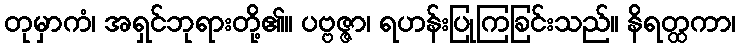
တုမှာကံ၊ အရှင်ဘုရားတို့၏။ ပဗ္ဗဇ္ဇာ၊ ရဟန်းပြုကြခြင်းသည်။ နိရတ္ထကာ၊